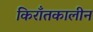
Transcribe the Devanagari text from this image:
किराँतकालीन